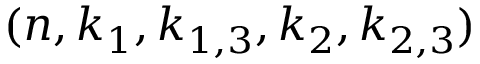
( n , k _ { 1 } , k _ { 1 , 3 } , k _ { 2 } , k _ { 2 , 3 } )